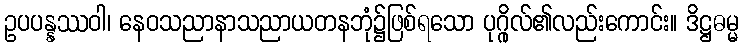
ဥပပန္နဿဝါ၊ နေဝသညာနာသညာယတနဘုံ၌ဖြစ်ရသော ပုဂ္ဂိုလ်၏လည်းကောင်း။ ဒိဋ္ဌဓမ္မ